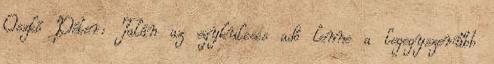
Oszkó Péter: Talán az egykulcsos adó lenne a legegyszerűbb